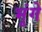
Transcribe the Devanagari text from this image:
भृंगे